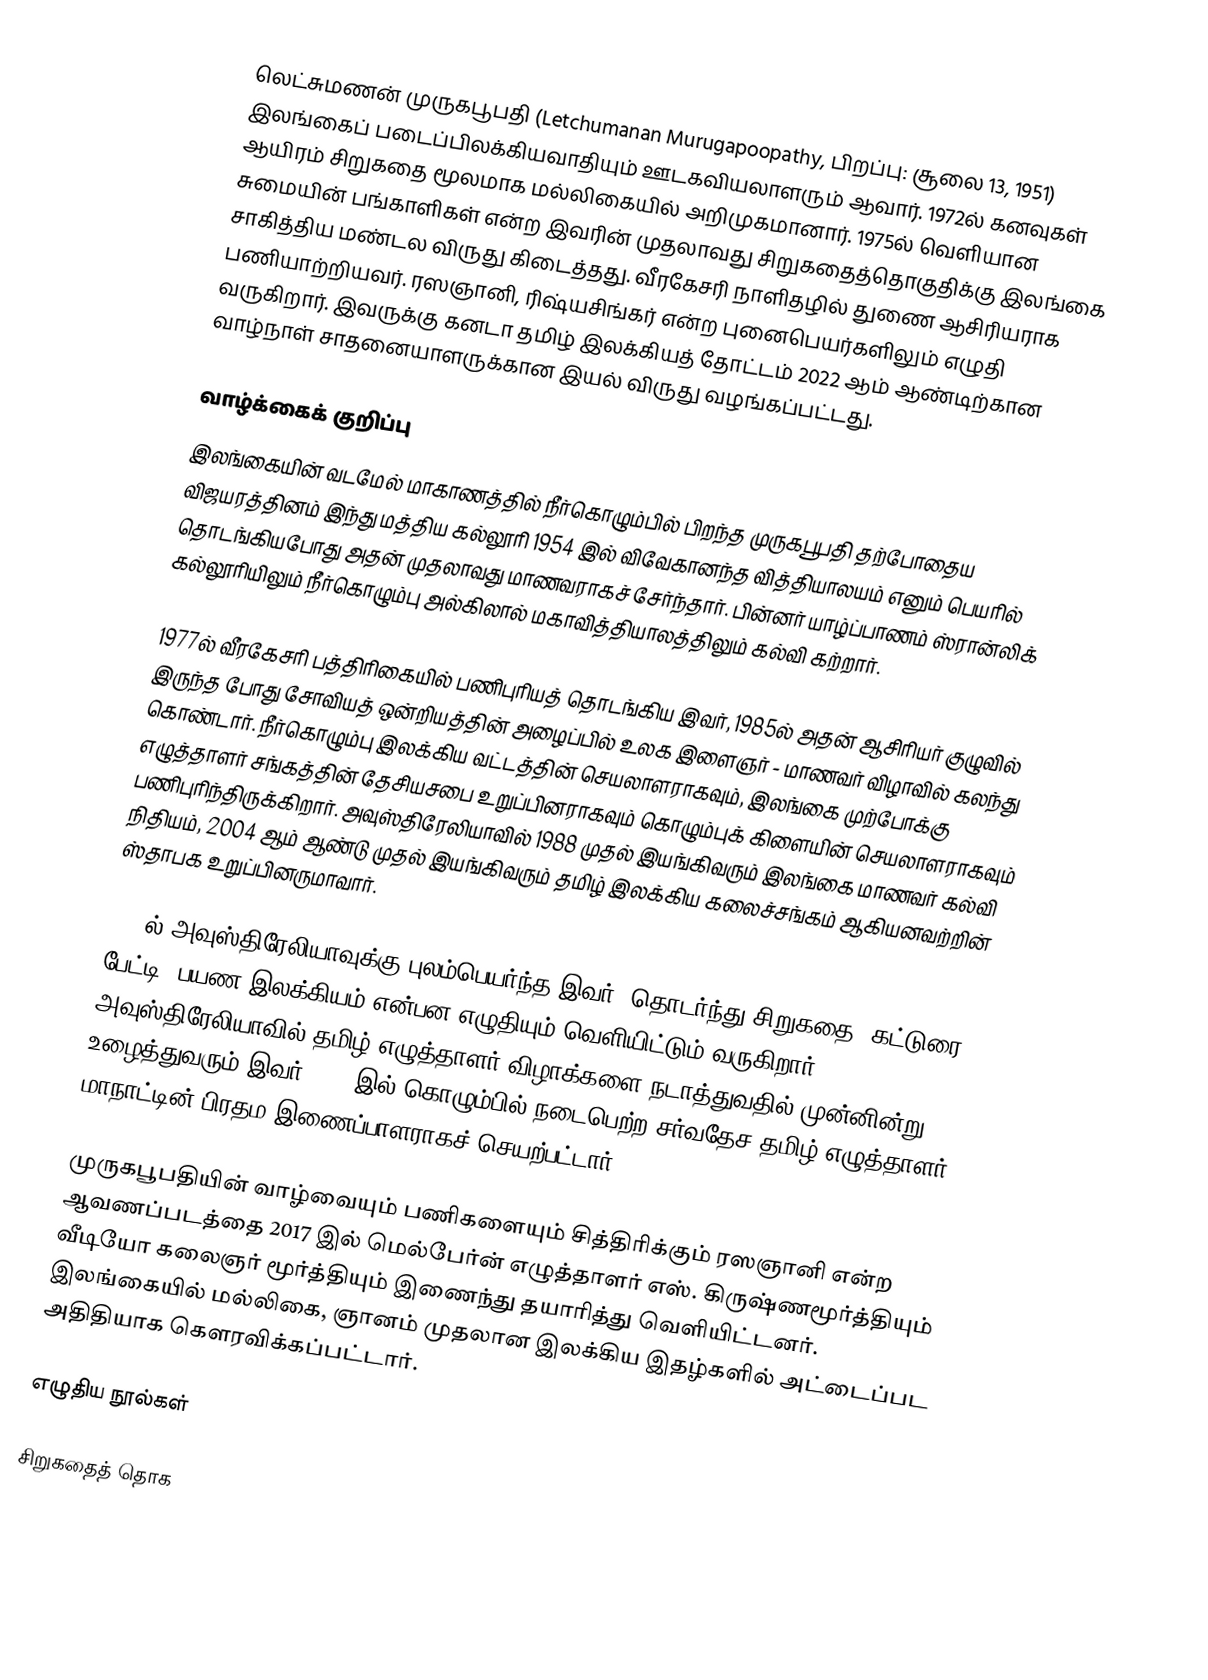
லெட்சுமணன் முருகபூபதி (Letchumanan Murugapoopathy, பிறப்பு: சூலை 13, 1951) இலங்கைப் படைப்பிலக்கியவாதியும் ஊடகவியலாளரும் ஆவார். 1972ல் கனவுகள் ஆயிரம் சிறுகதை மூலமாக மல்லிகையில் அறிமுகமானார். 1975ல் வெளியான சுமையின் பங்காளிகள் என்ற இவரின் முதலாவது சிறுகதைத்தொகுதிக்கு இலங்கை சாகித்திய மண்டல விருது கிடைத்தது. வீரகேசரி நாளிதழில் துணை ஆசிரியராக பணியாற்றியவர். ரஸஞானி, ரிஷ்யசிங்கர் என்ற புனைபெயர்களிலும் எழுதி வருகிறார். இவருக்கு கனடா தமிழ் இலக்கியத் தோட்டம் 2022 ஆம் ஆண்டிற்கான வாழ்நாள் சாதனையாளருக்கான இயல் விருது வழங்கப்பட்டது.

வாழ்க்கைக் குறிப்பு
இலங்கையின் வடமேல் மாகாணத்தில் நீர்கொழும்பில் பிறந்த முருகபூபதி தற்போதைய விஜயரத்தினம் இந்து மத்திய கல்லூரி 1954 இல் விவேகானந்த வித்தியாலயம் எனும் பெயரில் தொடங்கியபோது அதன் முதலாவது மாணவராகச் சேர்ந்தார். பின்னர் யாழ்ப்பாணம் ஸ்ரான்லிக் கல்லூரியிலும் நீர்கொழும்பு அல்கிலால் மகாவித்தியாலத்திலும் கல்வி கற்றார்.

1977ல் வீரகேசரி பத்திரிகையில் பணிபுரியத் தொடங்கிய இவர், 1985ல் அதன் ஆசிரியர் குழுவில் இருந்த போது சோவியத் ஒன்றியத்தின் அழைப்பில் உலக இளைஞர் - மாணவர் விழாவில் கலந்து கொண்டார். நீர்கொழும்பு இலக்கிய வட்டத்தின் செயலாளராகவும், இலங்கை முற்போக்கு எழுத்தாளர் சங்கத்தின் தேசியசபை உறுப்பினராகவும் கொழும்புக் கிளையின் செயலாளராகவும் பணிபுரிந்திருக்கிறார். அவுஸ்திரேலியாவில் 1988 முதல் இயங்கிவரும் இலங்கை மாணவர் கல்வி நிதியம், 2004 ஆம் ஆண்டு முதல் இயங்கிவரும் தமிழ் இலக்கிய கலைச்சங்கம் ஆகியனவற்றின் ஸ்தாபக உறுப்பினருமாவார்.

1987ல் அவுஸ்திரேலியாவுக்கு புலம்பெயர்ந்த இவர், தொடர்ந்து சிறுகதை, கட்டுரை, பேட்டி, பயண இலக்கியம் என்பன எழுதியும் வெளியிட்டும் வருகிறார். அவுஸ்திரேலியாவில் தமிழ் எழுத்தாளர் விழாக்களை நடாத்துவதில் முன்னின்று உழைத்துவரும் இவர் 2011 இல் கொழும்பில் நடைபெற்ற சர்வதேச தமிழ் எழுத்தாளர் மாநாட்டின் பிரதம இணைப்பாளராகச் செயற்பட்டார்.

முருகபூபதியின் வாழ்வையும் பணிகளையும் சித்திரிக்கும் ரஸஞானி என்ற ஆவணப்படத்தை 2017 இல் மெல்பேர்ன் எழுத்தாளர் எஸ். கிருஷ்ணமூர்த்தியும் வீடியோ கலைஞர் மூர்த்தியும் இணைந்து தயாரித்து வெளியிட்டனர். இலங்கையில் மல்லிகை, ஞானம் முதலான இலக்கிய இதழ்களில் அட்டைப்பட அதிதியாக கௌரவிக்கப்பட்டார்.

எழுதிய நூல்கள்

சிறுகதைத் தொக